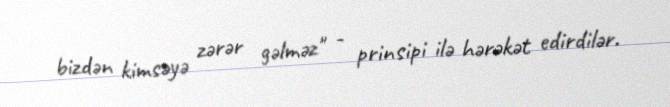
bizdən kimsəyə zərər gəlməz" - prinsipi ilə hərəkət edirdilər.